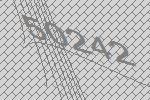
50242